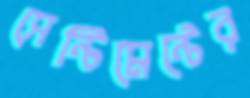
সেন্টিমেন্টের